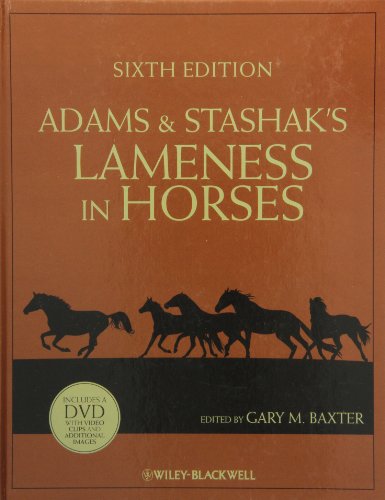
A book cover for Adams and Stashak's Lameness in Horses; Medical Books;